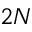
2 N